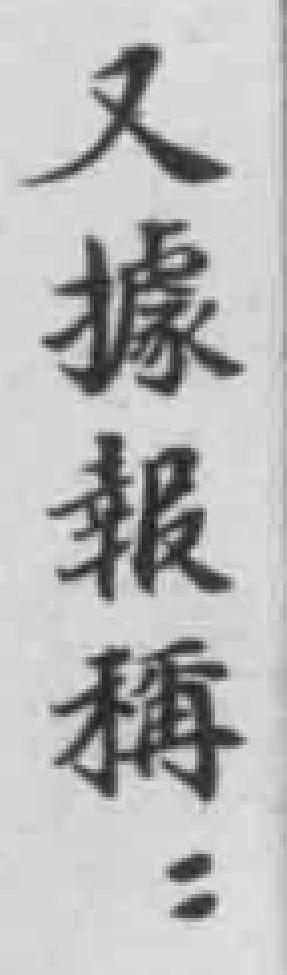
又據報稱：